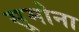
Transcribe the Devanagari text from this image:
सूमोना